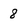
Character: 8